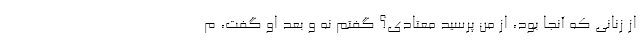
از زنانی که آنجا بود، از من پرسید معتادی؟ گفتم نه و بعد او گفت، م